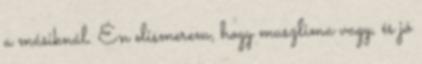
a másiknál. Én elismerem, hogy muszlima vagy, és jó